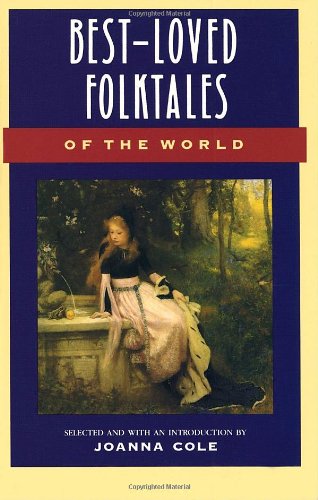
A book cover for Best-Loved Folktales of the World (The Anchor folktale library); Joanna Cole; Literature & Fiction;